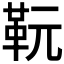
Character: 𩉯